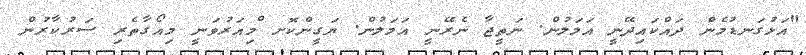
"އަޅުގަނޑުމެން ދައްކައިދޭނީ އަމަލުން. ނަތީޖާ ނެރޭނީ އަމަލުން. ޔަގީންކޮށ ްމިއަރުވަނީ މިއޯގާތެރި ސަރުކާރުން